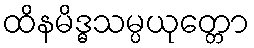
ထိနမိဒ္ဓသမ္ပယုတ္တော